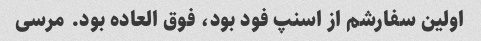
اولین سفارشم از اسنپ فود بود، فوق العاده بود. مرسی